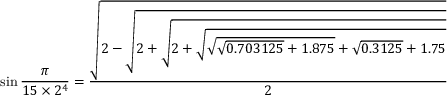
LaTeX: \sin { \frac { \pi } { 1 5 \times 2 ^ { 4 } } } = { \frac { \sqrt { 2 - { \sqrt { 2 + { \sqrt { 2 + { \sqrt { { \sqrt { { \sqrt { 0 . 7 0 3 1 2 5 } } + 1 . 8 7 5 } } + { \sqrt { 0 . 3 1 2 5 } } + 1 . 7 5 } } } } } } } } { 2 } }